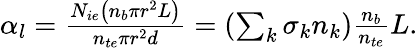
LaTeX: \begin{array}{r}{\alpha_{l}=\frac{N_{ie}\left(n_{b}\pi r^{2}L\right)}{n_{te}\pi r^{2}d}=\left(\sum_{k}\sigma_{k}n_{k}\right)\frac{n_{b}}{n_{te}}L.}\end{array}